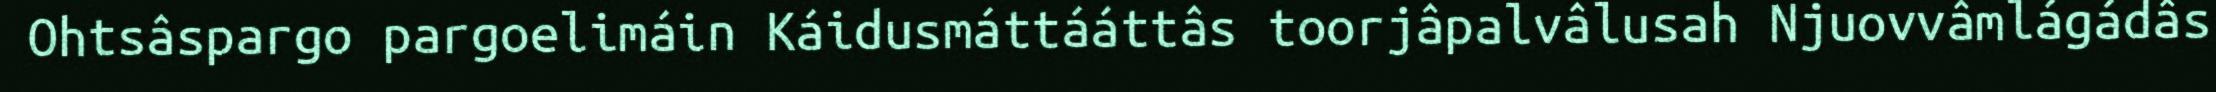
Ohtsâspargo pargoelimáin Káidusmáttááttâs toorjâpalvâlusah Njuovvâmlágádâs